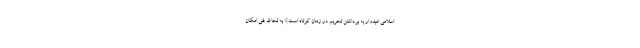
اسلامی امیدوار به برداشتن تحریم در زمان کوتاه است}: به لحاظ فنی امکان